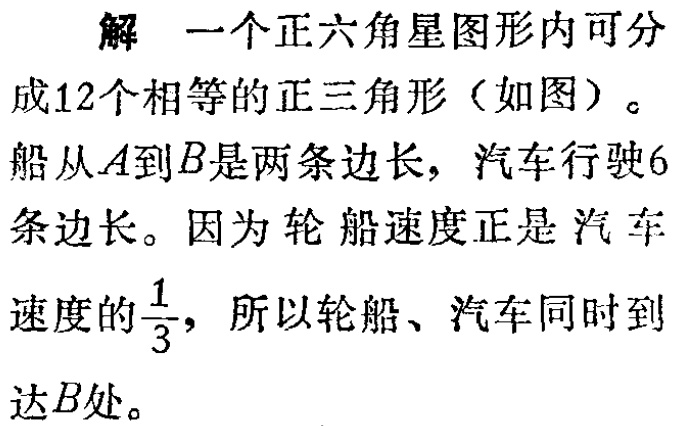
解 一个正六角星图形内可分

成12个相等的正三角形（如图）。

船从\(A\)到\(B\)是两条边长，汽车行驶6

条边长。因为 轮船速度正是汽车

速度的\(\frac{1}{3}\)，所以轮船、汽车同时到

达\(B\)处。